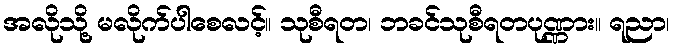
အလိုသို့ မလိုက်ပါစေလင့်။ သုစီရတ၊ ဘခင်သုစီရတပုဏ္ဏား။ ရညာ၊